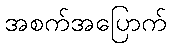
အစက်အပြောက်